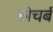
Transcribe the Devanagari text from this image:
कोचर्ब